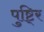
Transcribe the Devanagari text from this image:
पुष्टि्र